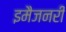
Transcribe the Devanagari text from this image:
इमैजनरी